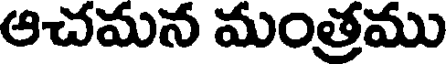
ఆచమన మంత్రము